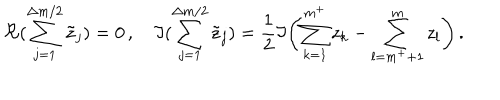
LaTeX: \Re { ( \sum _ { j = 1 } ^ { \Delta m / 2 } \tilde { z } _ { j } ) } = 0 \, , \quad \Im { ( \sum _ { j = 1 } ^ { \Delta m / 2 } \tilde { z } _ { j } ) } = \frac { 1 } { 2 } \Im { \left( \sum _ { k = 1 } ^ { m ^ { + } } z _ { k } - \sum _ { l = m ^ { + } + 1 } ^ { m } z _ { l } \right) } \, .